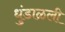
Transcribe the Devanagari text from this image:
धुंडाळली